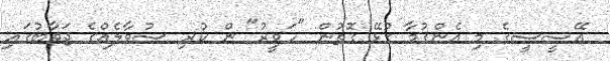
އޭސީސީގެ މި އެންގުމާ ގުޅޭ ގޮތުން "ހަވީރު" ން ކުރި ސުވާލެއްގެ ޖަވާބުގައި